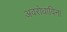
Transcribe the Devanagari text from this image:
अवरोधाविना